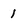
Character: 1